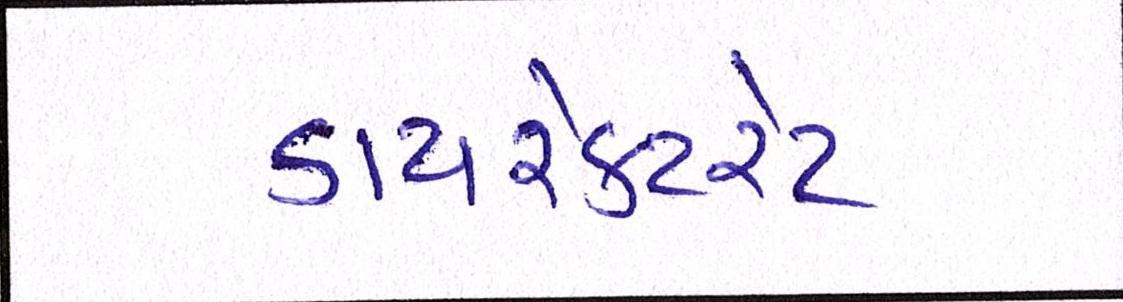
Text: ડાયરેક્ટરેટ